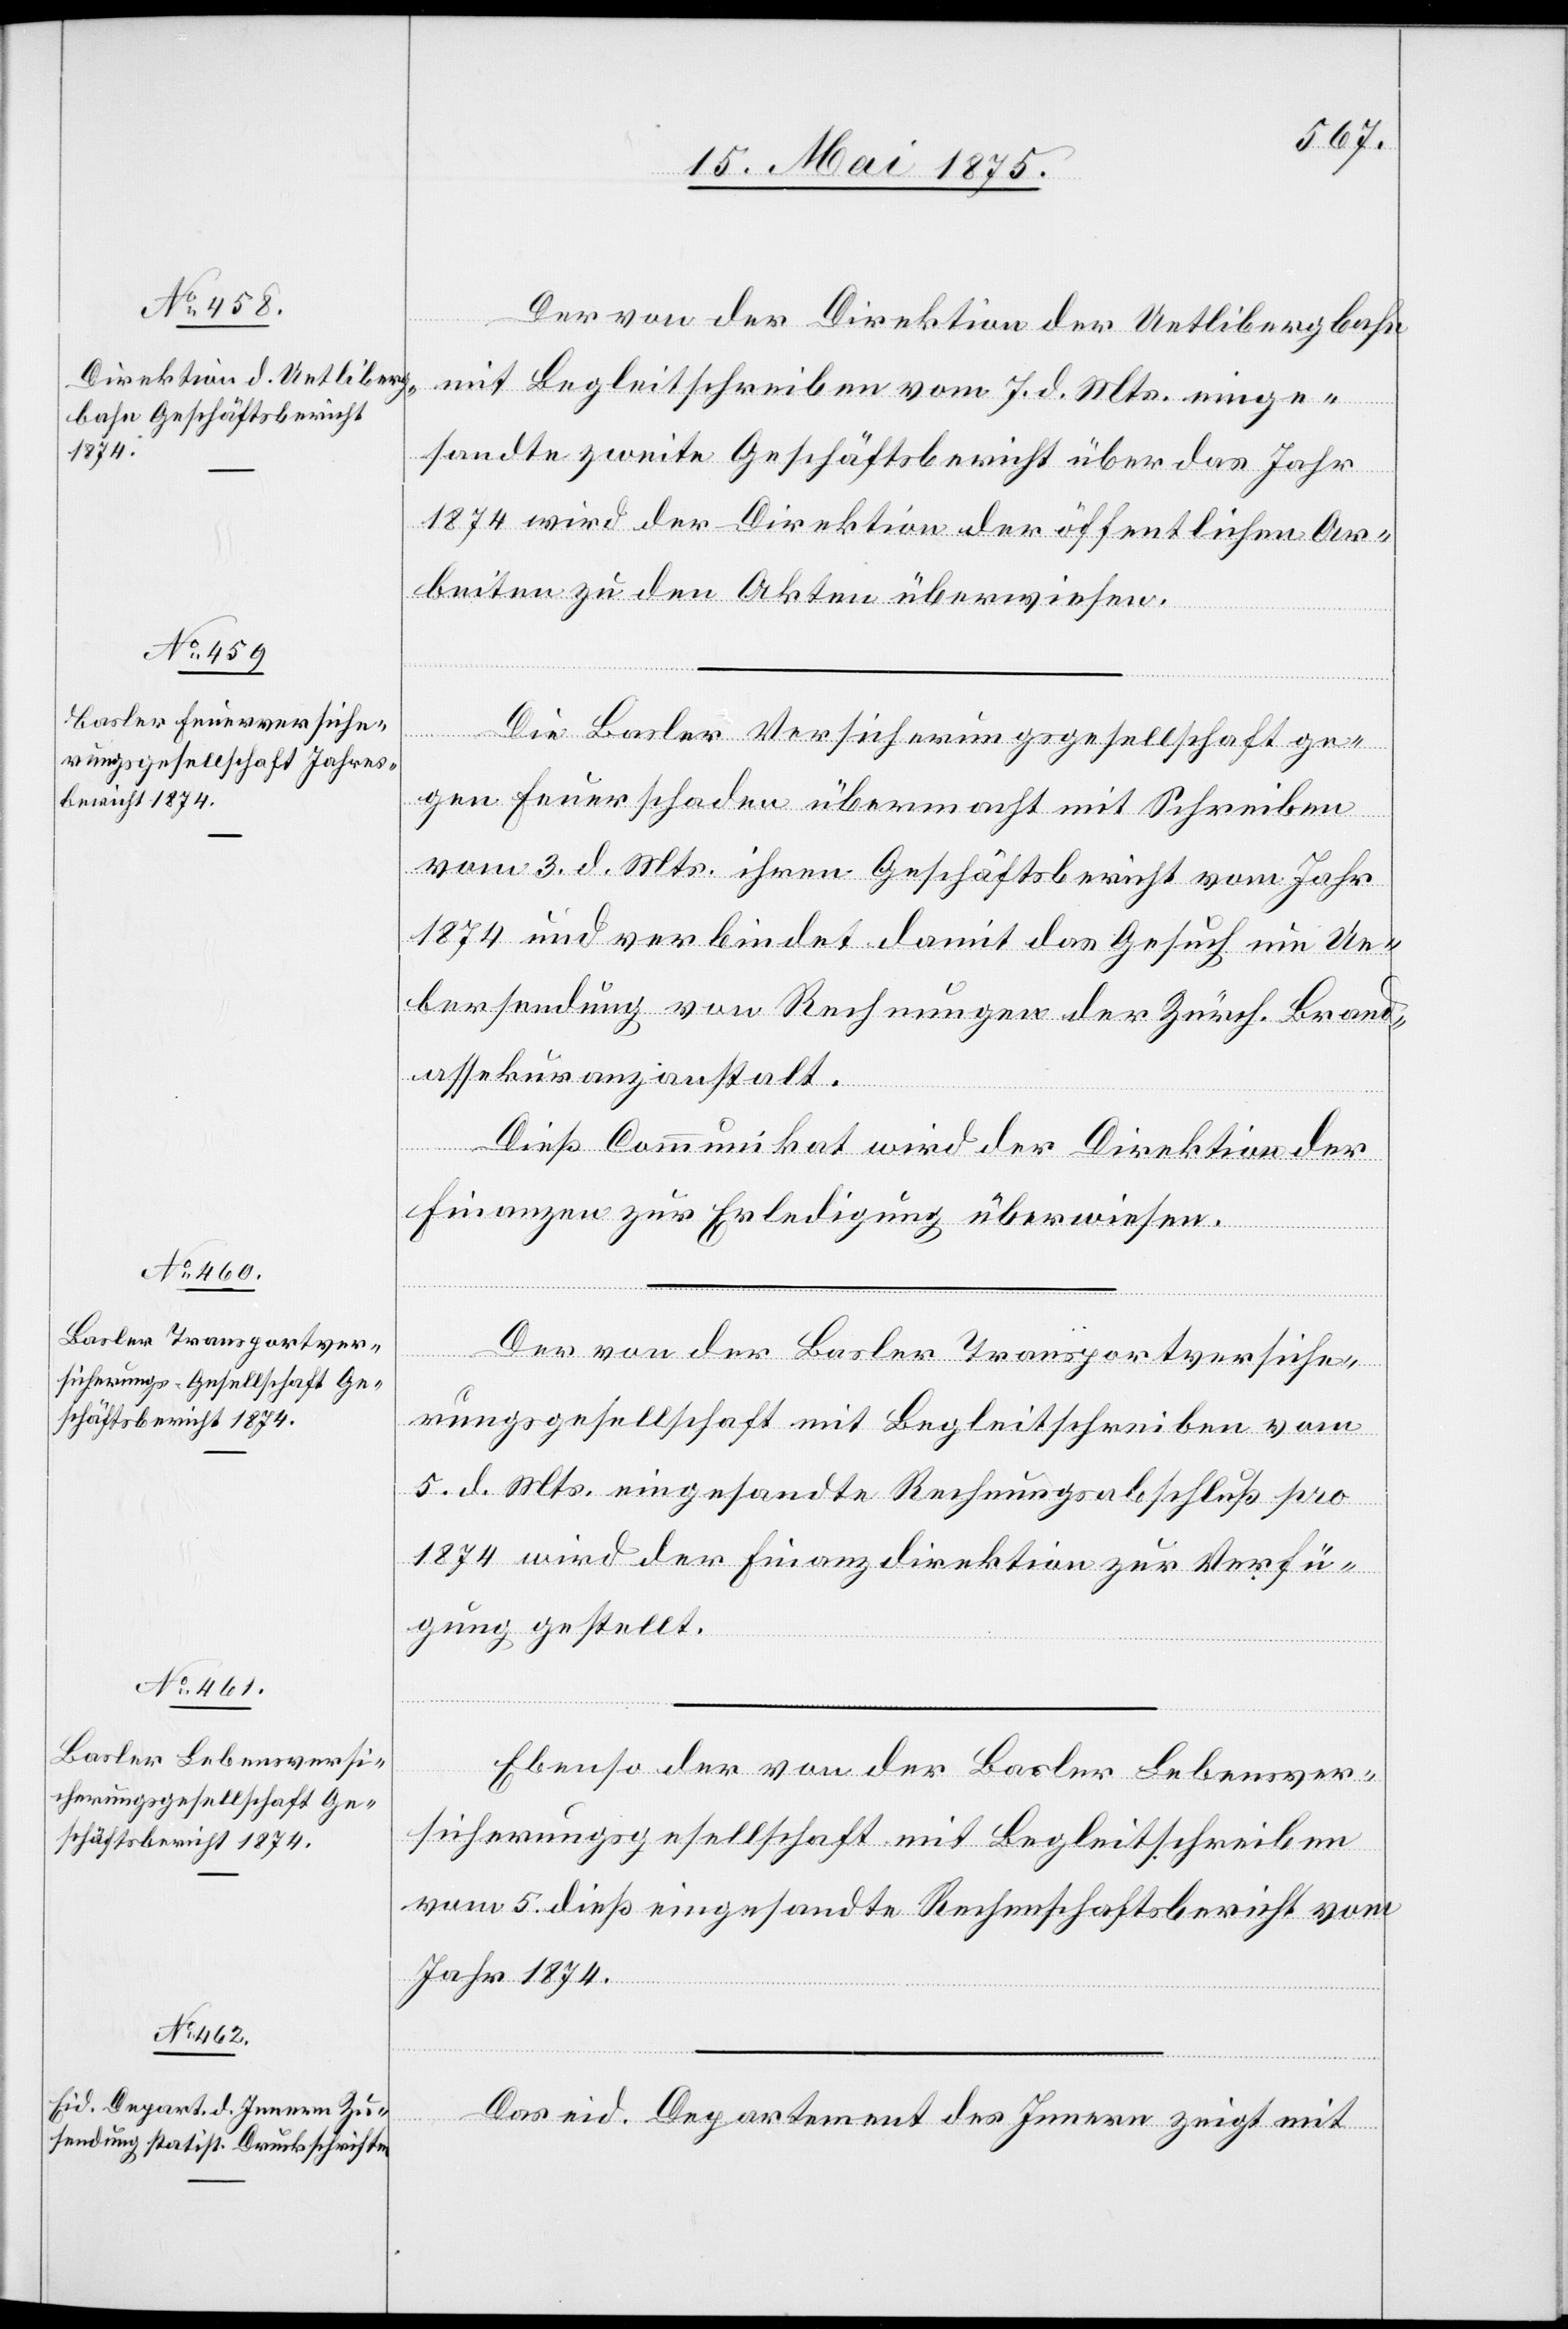
vom
Der von der Direktion der Uetlibergbahn
mit Begleitschreiben vom 7. d. Mts einge¬
dieß
sandte zweite Geschäftsbericht über das Jahr
1874 wird der Direktion der öffentlichen Ar¬
beiten zu den Akten überwiesen.
Rechnungsbericht
Die Basler Versicherungsgesellschaft ge¬
gen Feuerschaden übermacht mit Schreiben
vom 3. d. Mts ihren Geschäftsbericht vom Jahr
1874 und verbindet damit das Gesuch um Ue¬
bersendung von Rechnungen der Zürch. Brand¬
assekuranzanstalt.
Dieß Communikat wird der Direktion der
Finanzen zur Erledigung überwiesen.
Der von der Basler Transportversiche¬
rungsgesellschaft mit Begleitschreiben vom
5.d. Mts. eingesandte Rechnungsabschluß pro
1874 wird der Finanzdirektion zur Verfü¬
gung gestellt.
Ebenso der von der Basler Lebensver¬
sicherungsgesellschaft mit Begleitschreiben
Jahr 1874.
Das eid. Departement des Innern zeigt mit